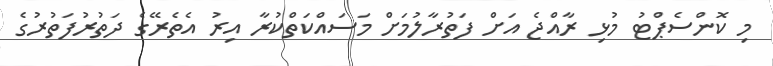
މި ކޮންސެޕްޓު މުޅި ރާއްޖެ އަށް ފަތުރާލުމަށް މަސައްކަތްކުރާ އިރު އެތެރޭގެ ދަތުރުފަތުރުގެ